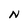
Character: N